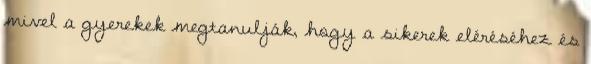
mivel a gyerekek megtanulják, hogy a sikerek eléréséhez és